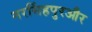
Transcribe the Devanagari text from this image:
नरसिंहपुरऔर